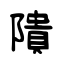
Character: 隤